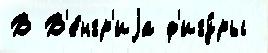
В В'е́нгр'иjа ф'игу́ры